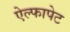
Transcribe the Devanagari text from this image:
ऐल्फापेट